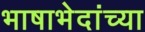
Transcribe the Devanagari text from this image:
भाषाभेदांच्या